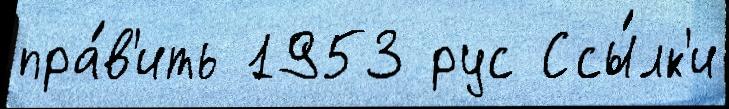
пра́в'ить 1953 рус Ссы́лк'и